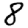
Digit: 8